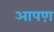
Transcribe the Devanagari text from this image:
आपण़